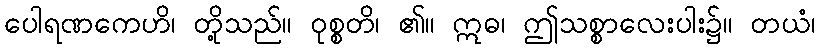
ပေါရဏကေဟိ၊ တို့သည်။ ဝုစ္စတိ၊ ၏။ ဣဓ၊ ဤသစ္စာလေးပါး၌။ တယံ၊